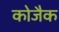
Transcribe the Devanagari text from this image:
कोजैक